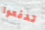
تدفعوا